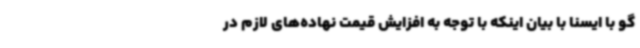
گو با ایسنا با بیان اینکه با توجه به افزایش قیمت نهاده‌های لازم در